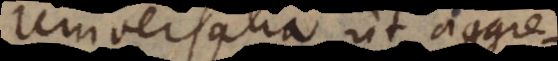
universalia ut aggregata